Report of the Imperial Institute of Veterinary Research, Muktesar
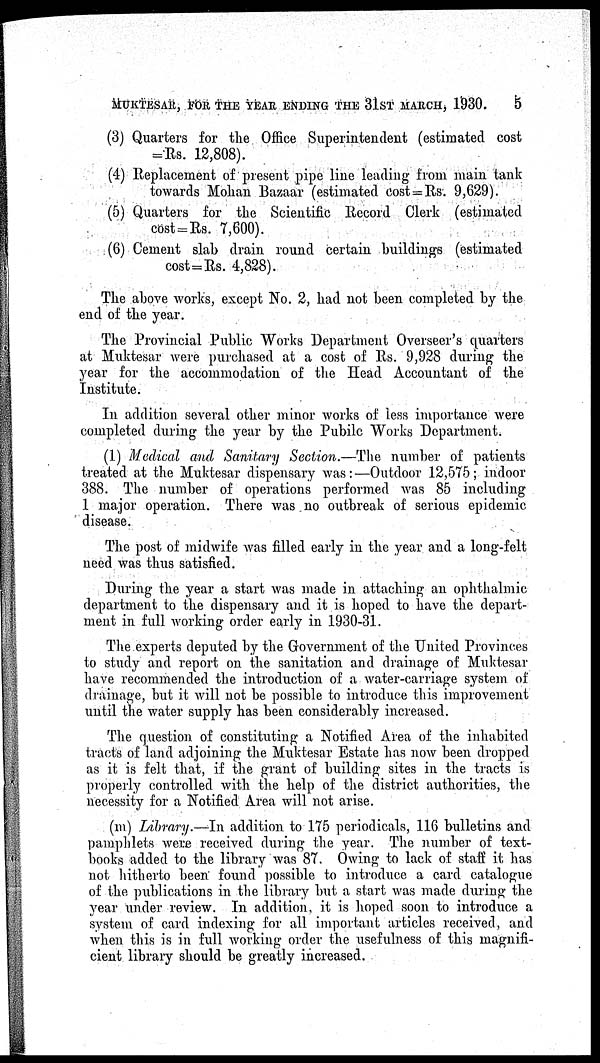
MUKTESAR, FOR THE YEAR ENDING THE 31ST MARCH , 1930.
5
(3) Quarters for the Office Superintendent (estimated cost
= Rs. 12,808).
(4) Replacement of present pipe line leading from main tank
towards Mohan Bazaar (estimated cost = Rs. 9,629).
(5) Quarters for the Scientific Record Clerk (estimated
cost = Rs. 7,600).
(6) Cement slab drain round certain buildings (estimated
cost=Rs. 4,828).
The above works, except No. 2, had not been completed by the
end of the year.
The Provincial Public Works Department Overseer's quarters
at Muktesar were purchased at a cost of Rs. 9,928 during the
year for the accommodation of the Head Accountant of the
Institute.
In addition several other minor works of less importance were
completed during the year by the Pubilc Works Department.
(1) Medical and Sanitary Section.—The number of patients
treated at the Muktesar dispensary was:—Outdoor 12,575; indoor
388. The number of operations performed was 85 including
1 major operation. There was no outbreak of serious epidemic
disease.
The post of midwife was filled early in the year and a long-felt
need was thus satisfied.
During the year a start was made in attaching an ophthalmic
department to the dispensary and it is hoped to have the depart-
ment in full working order early in 1930-31.
The experts deputed by the Government of the United Provinces
to study and report on the sanitation and drainage of Muktesar
have recommended the introduction of a water-carriage system of
drainage, but it will not be possible to introduce this improvement
until the water supply has been considerably increased.
The question of constituting a Notified Area of the inhabited
tracts of land adjoining the Muktesar Estate has now been dropped
as it is felt that, if the grant of building sites in the tracts is
properly controlled with the help of the district authorities, the
necessity for a Notified Area will not arise.
(m) Library.—In addition to 175 periodicals, 116 bulletins and
pamphlets were received during the year. The number of text-
books added to the library was 87. Owing to lack of staff it has
not hitherto been found possible to introduce a card catalogue
of the publications in the library but a start was made during the
year under review. In addition, it is hoped soon to introduce a
system of card indexing for all important articles received, and
when this is in full working order the usefulness of this magnifi-
cient library should be greatly increased.